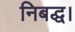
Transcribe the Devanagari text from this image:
निबद्ध।